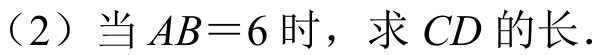
（2）当\(AB = 6\)时，求\(CD\)的长．